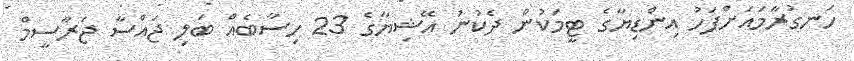
ހަނގުރާމައަށްފަހު އިންޑިޔާގެ ޓީމަކުން ދެކުނު އޭޝިޔާގެ 23 ހިސާބެއް ބަލި ޖައްސާ ޖަރާސީމް